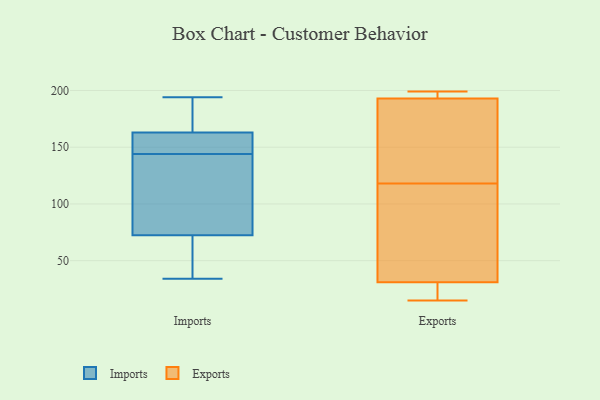
{"axis": {"x": "Tickets Resolved", "y": "Value"}, "legend": ["Exports", "Imports"], "data": [{"x": "", "y": 149, "type": "Imports"}, {"x": "", "y": 154, "type": "Imports"}, {"x": "", "y": 122, "type": "Imports"}, {"x": "", "y": 172, "type": "Imports"}, {"x": "", "y": 80, "type": "Imports"}, {"x": "", "y": 70, "type": "Imports"}, {"x": "", "y": 50, "type": "Imports"}, {"x": "", "y": 34, "type": "Imports"}, {"x": "", "y": 194, "type": "Imports"}, {"x": "", "y": 166, "type": "Imports"}, {"x": "", "y": 144, "type": "Imports"}, {"x": "", "y": 89, "type": "Exports"}, {"x": "", "y": 199, "type": "Exports"}, {"x": "", "y": 15, "type": "Exports"}, {"x": "", "y": 58, "type": "Exports"}, {"x": "", "y": 144, "type": "Exports"}, {"x": "", "y": 17, "type": "Exports"}, {"x": "", "y": 111, "type": "Exports"}, {"x": "", "y": 23, "type": "Exports"}, {"x": "", "y": 193, "type": "Exports"}, {"x": "", "y": 125, "type": "Exports"}, {"x": "", "y": 77, "type": "Exports"}, {"x": "", "y": 155, "type": "Exports"}, {"x": "", "y": 194, "type": "Exports"}, {"x": "", "y": 199, "type": "Exports"}, {"x": "", "y": 135, "type": "Exports"}, {"x": "", "y": 31, "type": "Exports"}, {"x": "", "y": 17, "type": "Exports"}, {"x": "", "y": 197, "type": "Exports"}]}